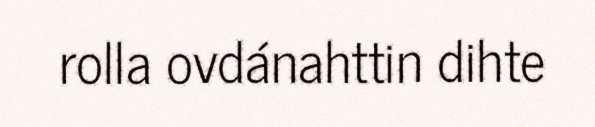
rolla ovdánahttin dihte